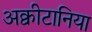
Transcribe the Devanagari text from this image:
अक्वीटानिया